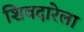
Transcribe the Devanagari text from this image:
शिवदारेला